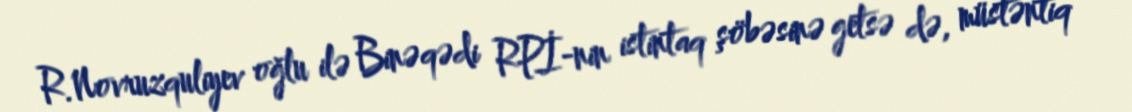
R.Novruzquliyev oğlu ilə Binəqədi RPİ-nin istintaq şöbəsinə getsə də, müstəntiq